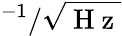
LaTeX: ^{-1}/\sqrt{\mathrm{~H~z~}}